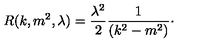
R ( k , m ^ { 2 } , \lambda ) = \frac { \lambda ^ { 2 } } { 2 } \frac { 1 } { ( k ^ { 2 } - m ^ { 2 } ) } \cdot